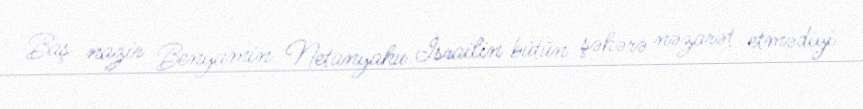
Baş nazir Benyamin Netanyahu İsrailin bütün şəhərə nəzarət etmədiyi